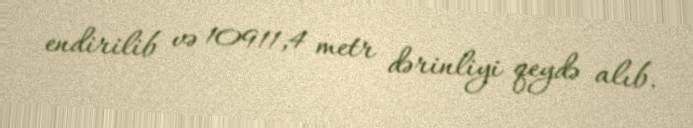
endirilib və 10911,4 metr dərinliyi qeydə alıb.